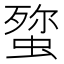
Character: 𮔞